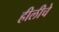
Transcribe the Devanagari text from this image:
हीलीचे